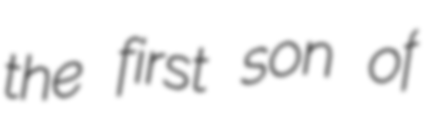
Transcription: the first son of